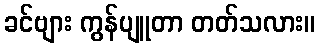
ခင်ဗျား ကွန်ပျူတာ တတ်သလား။